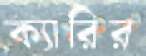
ক্যারির